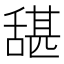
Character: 𮍺